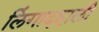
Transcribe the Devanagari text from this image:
लिंगादहाली